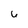
Character: 6